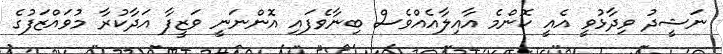
ނަޝީދު ވިދާޅުވީ އެއީ ކޮންމެ އާއިލާއެއްވެސް ބިނާވެފައި އޮންނަނީ ވަޒީފާ އަދާކުރާ މުވައްޒަފުގެ